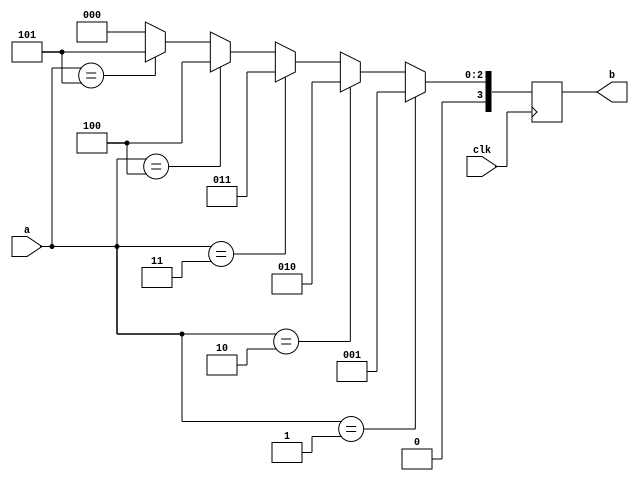
module ifelse(
    input   wire            clk,
    input   wire    [3:0]   a,
    output  reg     [3:0]   b
);

always @(posedge clk)
    if(a == 1)
        b <= 1;
    else if(a == 2)
        b <= 2;
    else if(a == 3)
        b <= 3;
    else if(a == 4)
        b <= 4;
    else if(a == 5)
        b <= 5;
    else    
        b <= 0;

endmodule